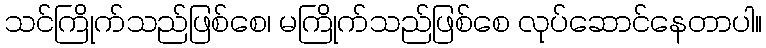
သင်ကြိုက်သည်ဖြစ်စေ၊ မကြိုက်သည်ဖြစ်စေ လုပ်ဆောင်နေတာပါ။